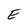
Character: E